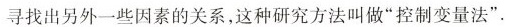
寻找出另外一些因素的关系，这种研究方法叫做”控制变量法”。